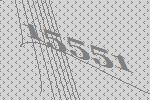
15551